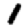
Digit: 1